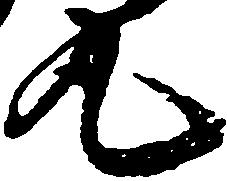
丸